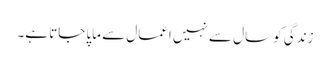
زندگی کو سال سے نہیں اعمال سے ماپا جاتا ہے۔